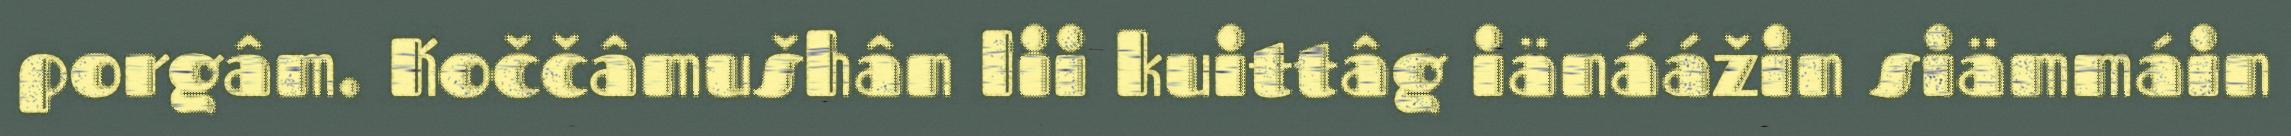
porgâm. Koččâmušhân lii kuittâg iänáážin siämmáin